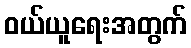
ဝယ်ယူရေးအတွက်